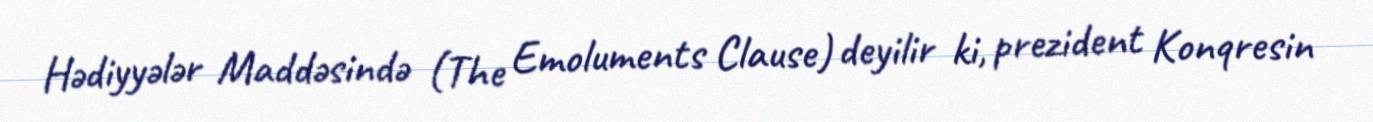
Hədiyyələr Maddəsində (The Emoluments Clause) deyilir ki, prezident Konqresin